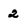
Character: 2